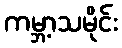
ကမ္ဘာ့သမိုင်း